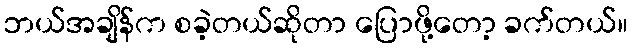
ဘယ်အချိန်က စခဲ့တယ်ဆိုတာ ပြောဖို့တော့ ခက်တယ်။